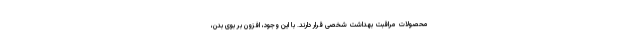
محصولات مراقبت بهداشت شخصی قرار دارند. با این وجود، افزون بر بوی بدن،